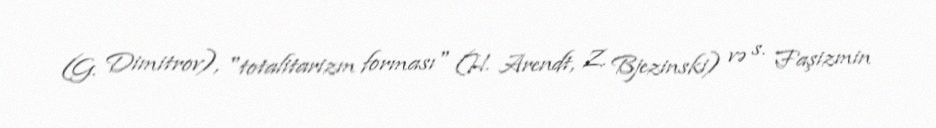
(G. Dimitrov), "totalitarizm forması" (H. Arendt, Z. Bjezinski) və s. Faşizmin